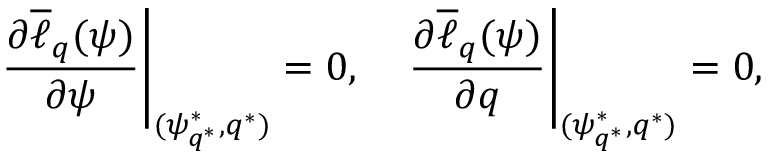
\left. \frac { \partial \overline { { \ell } } _ { q } ( \psi ) } { \partial \psi } \right| _ { ( \psi _ { q ^ { * } } ^ { * } , q ^ { * } ) } = 0 , \quad \left. \frac { \partial \overline { { \ell } } _ { q } ( \psi ) } { \partial q } \right| _ { ( \psi _ { q ^ { * } } ^ { * } , q ^ { * } ) } = 0 ,